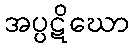
အပ္ပဋိဃော